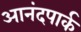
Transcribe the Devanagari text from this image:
आनंदपार्क